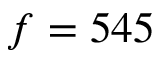
f = 5 4 5